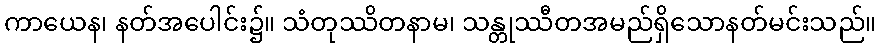
ကာယေန၊ နတ်အပေါင်း၌။ သံတုဿိတနာမ၊ သန္တုဿီတအမည်ရှိသောနတ်မင်းသည်။